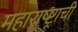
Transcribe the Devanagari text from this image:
महाराष्ष्ट्राची